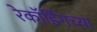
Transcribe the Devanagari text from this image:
रेकॉर्डिंगच्या